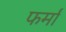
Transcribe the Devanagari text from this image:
फर्मां